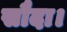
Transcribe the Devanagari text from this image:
सौदा।